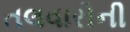
તલવારોની